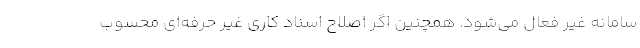
سامانه غير فعال مي‌شود. همچنين اگر اصلاح اسناد كاري غير حرفه‌اي محسوب